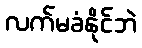
လက်မခံနိုင်ဘဲ